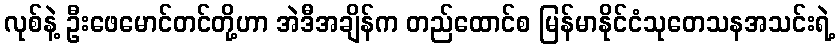
လုစ်နဲ့ ဦးဖေမောင်တင်တို့ဟာ အဲဒီအချိန်က တည်ထောင်စ မြန်မာနိုင်ငံသုတေသနအသင်းရဲ့